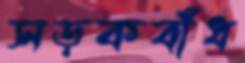
সড়কবাঁধ